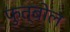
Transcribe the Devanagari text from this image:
फुत्बोल